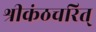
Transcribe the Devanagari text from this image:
श्रीकंठचरित्‌